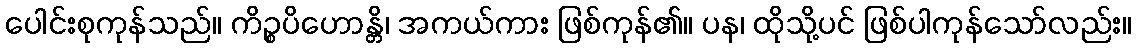
ပေါင်းစုကုန်သည်။ ကိဉ္စပိဟောန္တိ၊ အကယ်ကား ဖြစ်ကုန်၏။ ပန၊ ထိုသို့ပင် ဖြစ်ပါကုန်သော်လည်း။